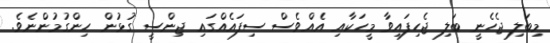
މިބަލި ޖެހެނީ ބަލި ޖެހިފައިވާ މީހަކާއި އެއްވެސް ސިފައެއްގައި ޖިންސީ ގުޅުން ހިންގުމުންނެވެ.